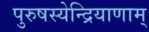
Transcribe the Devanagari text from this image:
पुरुषस्येन्द्रियाणाम्